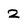
Character: 2